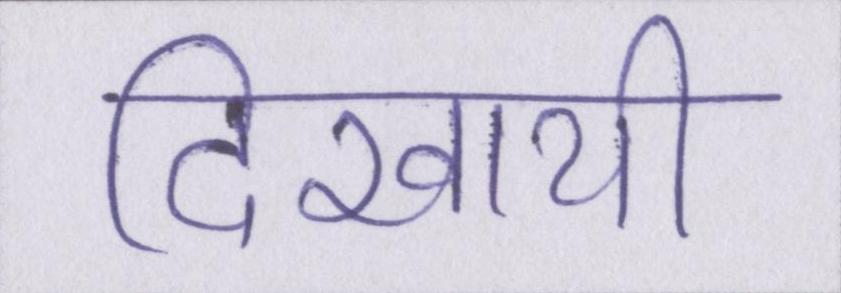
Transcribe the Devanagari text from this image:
दिखायी